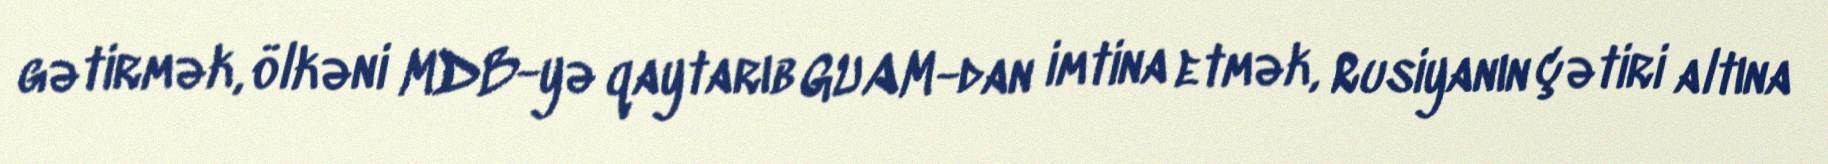
gətirmək, ölkəni MDB-yə qaytarıb GUAM-dan imtina etmək, Rusiyanın çətiri altına